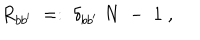
LaTeX: R _ { b b ^ { \prime } } \; = : \; \delta _ { b b ^ { \prime } } \; N \; - \; 1 \; ,